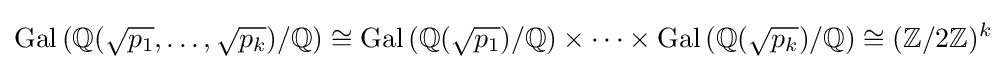
\operatorname {Gal} \left(\mathbb {Q} ({\sqrt {p_{1}}},\ldots ,{\sqrt {p_{k}}})/\mathbb {Q} \right)\cong \operatorname {Gal} \left(\mathbb {Q} ({\sqrt {p_{1}}})/\mathbb {Q} \right)\times \cdots \times \operatorname {Gal} \left(\mathbb {Q} ({\sqrt {p_{k}}})/\mathbb {Q} \right)\cong (\mathbb {Z} /2\mathbb {Z} )^{k}